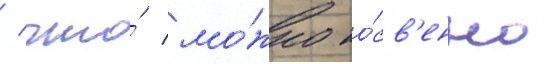
/ что́ мо́жно ко́св'енно